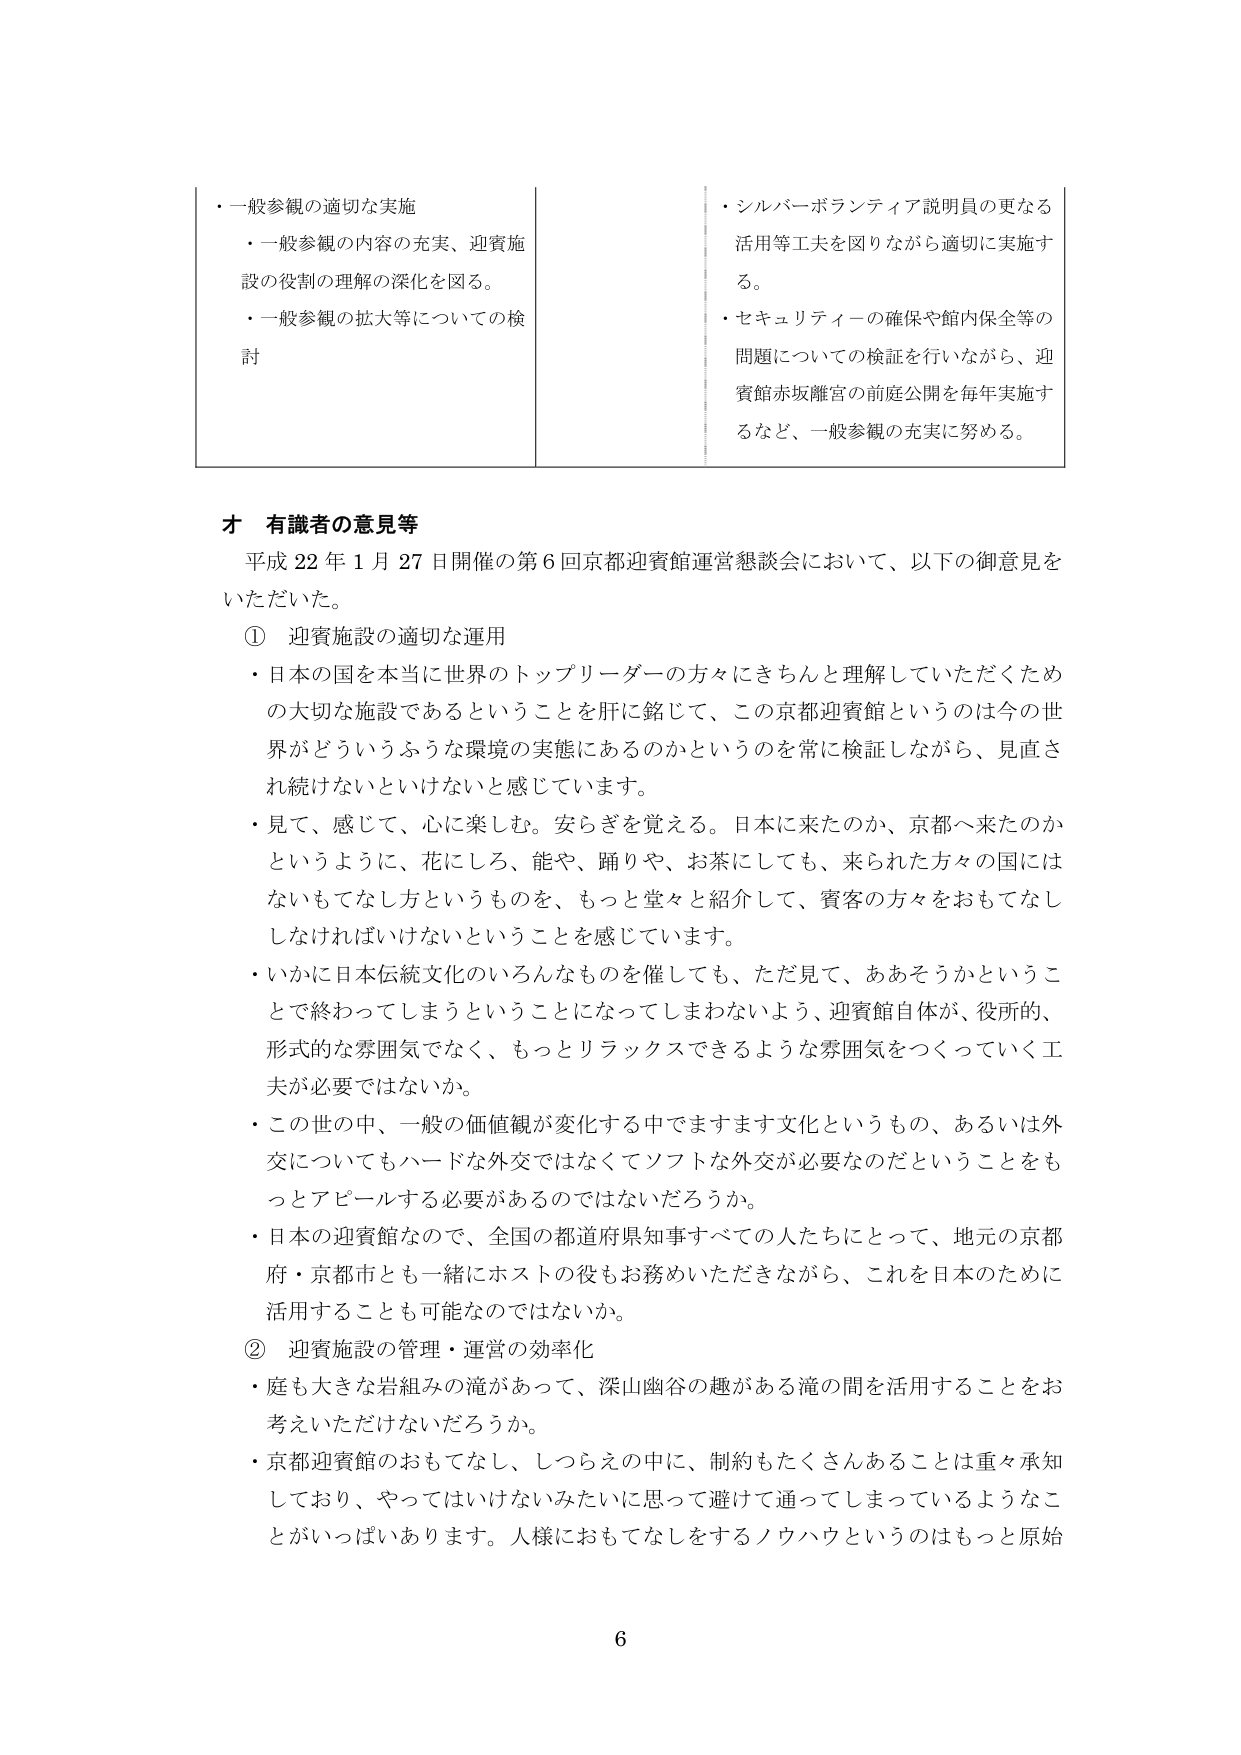
・一般参観の適切な実施
・一般参観の内容の充実、迎賓施設の役割の理解の深化を図る。
・一般参観の拡大等についての検討

・シルバーボランティア説明員の更なる活用等工夫を図りながら適切に実施する。
・セキュリティーの確保や館内保全等の問題についての検証を行いながら、迎賓館赤坂離宮の前庭公開を毎年実施するなど、一般参観の充実に努める。

オ 有識者の意見等
平成22年1月27日開催の第6回京都迎賓館運営懇談会において、以下の御意見をいただいた。

① 迎賓施設の適切な運用
・日本の国を本当に世界のトップリーダーの方々にきちんと理解していただくための大切な施設であるということを肝に銘じて、この京都迎賓館というのは今の世界がどういうふうな環境の実態にあるのかというのを常に検証しながら、見直され続けないといけないと感じています。
・見て、感じて、心に楽しむ。安らぎを覚える。日本に来たのか、京都へ来たのかというように、花にしろ、能や、踊りや、お茶にしても、来られた方々の国にはないもてなし方というものを、もっと堂々と紹介して、賓客の方々をおもてなししなければいけないということを感じています。
・いかに日本伝統文化のいろんなものを催しても、ただ見て、ああそうかということで終わってしまうということになってしまわないよう、迎賓館自体が、役所的、形式的な雰囲気でなく、もっとリラックスできるような雰囲気をつくっていく工夫が必要ではないか。
・この世の中、一般の価値観が変化する中でますます文化というもの、あるいは外交についてもハードな外交ではなくてソフトな外交が必要なのだということをもっとアピールする必要があるのではないだろうか。
・日本の迎賓館なので、全国の都道府県知事すべての人たちにとって、地元の京都府・京都市とも一緒にホストの役もお務めいただきながら、これを日本のために活用することも可能なのではないか。

② 迎賓施設の管理・運営の効率化
・庭も大きな岩組みの滝があって、深山幽谷の趣がある滝の間を活用することをお考えいただけないだろうか。
・京都迎賓館のおもてなし、しつらえの中に、制約もたくさんあることは重々承知しており、やってはいけないみたいに思って避けて通ってしまっているようなことがいっぱいあります。人様におもてなしをするノウハウというのはもっと原始

6